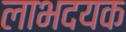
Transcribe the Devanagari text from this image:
लाभदयक